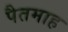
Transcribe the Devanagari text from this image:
पैतमाह